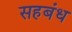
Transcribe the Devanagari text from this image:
सहबंध